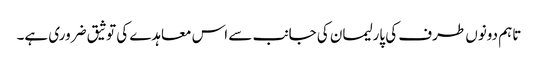
تاہم دونوں طرف کی پارلیمان کی جانب سے اس معاہدے کی توثیق ضروری ہے۔